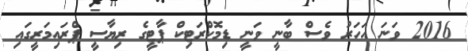
2016 ވަނަ އަހަރު ވެސް ބާނީ ވަނީ ޑިމޮކްރަޓިކް ޕާޓީގެ ރިޔާސީ ޕްރަައިމަރީގައި